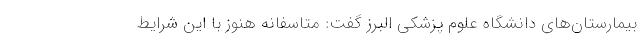
بیمارستان‌های دانشگاه علوم پزشکی البرز گفت: متاسفانه هنوز با این شرایط